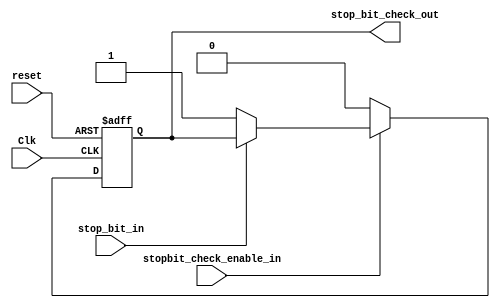
`timescale 10ns / 1ps
//////////////////////////////////////////////////////////////////////////////////
// Company: 
// Engineer: 
// 
// Design Name: 
// Module Name: RECIEVER_STOPBIT_CHECK
// Project Name: 
// Target Devices: 
// Tool Versions: 
// Description: 
// 
// Dependencies: 
// 
// Revision:
// Revision 0.01 - File Created
// Additional Comments:
// 
//////////////////////////////////////////////////////////////////////////////////


module RECIEVER_STOPBIT_CHECK(
    input stop_bit_in,
    input Clk, 
    input reset, 
    input stopbit_check_enable_in,
    
    output reg stop_bit_check_out
    );
always @ (posedge Clk or posedge reset) begin
    if (reset) begin
        stop_bit_check_out <= 0;
    end
    else if (stopbit_check_enable_in) begin
        if (stop_bit_in == 1'b0) begin
            stop_bit_check_out <= 1;
        end
    end
    else 
        stop_bit_check_out <= 0;
end
endmodule